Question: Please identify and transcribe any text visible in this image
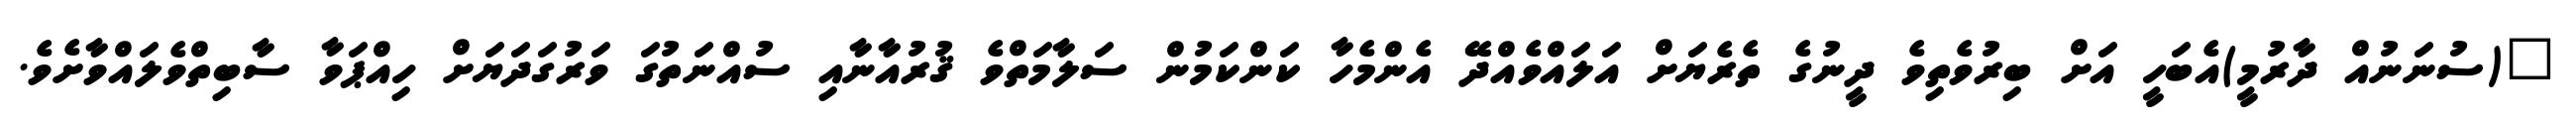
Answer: "(ސުނަނުއް ދާރުމީ)އެބަހީ އަށް ބިރުވެތިވެ ދީނުގެ ތެރެޔަށް އަލައްވެއްދޭ އެންމެހާ ކަންކަމުން ސަލާމަތްވެ ޤުރުއާނާއި ސުއްނަތުގަ ވަރުގަދަޔަށް ހިއްޕަވާ ސާބިތްވެލައްވާށެވެ.